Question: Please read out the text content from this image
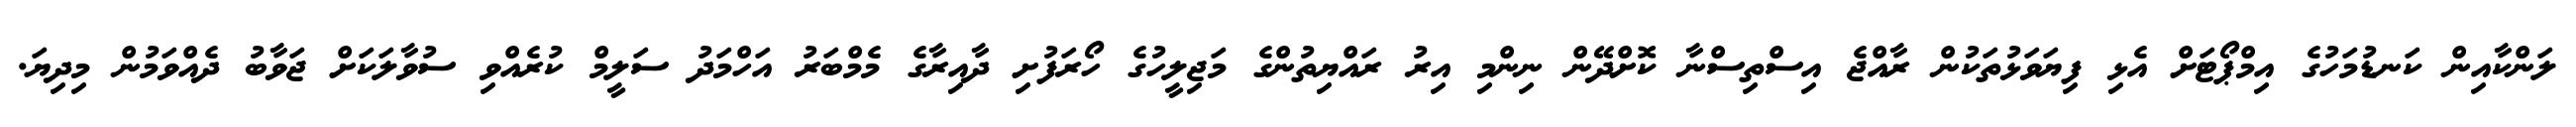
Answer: ލަންކާއިން ކަނޑުމަހުގެ އިމްޕޯޓަށް އެޅި ފިޔަވަޅުތަކުން ރާއްޖެ އިސްތިސްނާ ކޮށްދޭން ނިންމި އިރު ރައްޔިތުންގެ މަޖިލީހުގެ ހޯރަފުށި ދާއިރާގެ މެމްބަރު އަހްމަދު ސަލީމް ކުރެއްވި ސުވާލަކަށް ޖަވާބު ދެއްވަމުން މިދިޔަ.